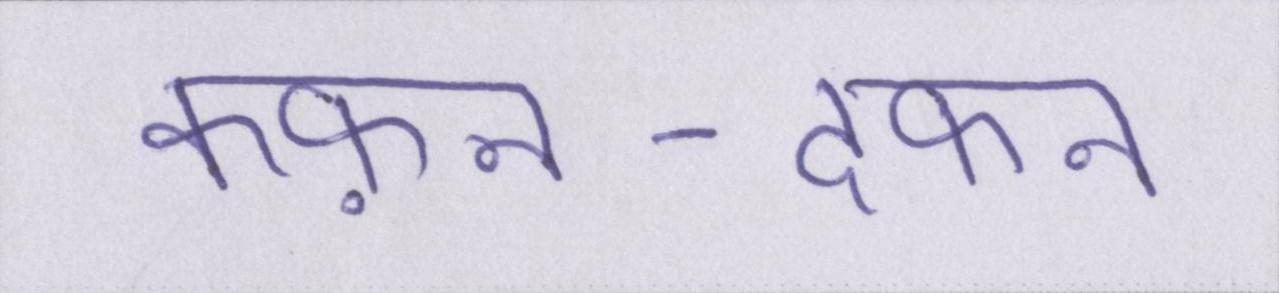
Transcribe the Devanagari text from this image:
कफ़न-दफन